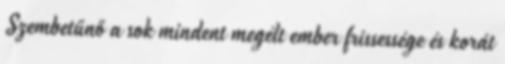
Szembetűnő a sok mindent megélt ember frissessége és korát